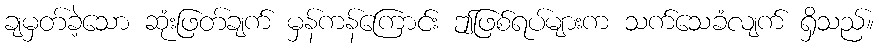
ချမှတ်ခဲ့သော ဆုံးဖြတ်ချက် မှန်ကန်ကြောင်း ဤဖြစ်ရပ်များက သက်သေခံလျက် ရှိသည်။